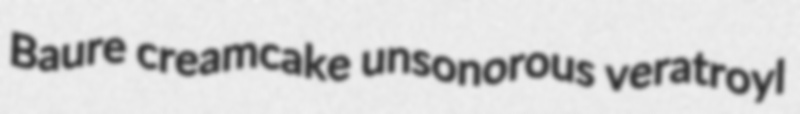
Baure creamcake unsonorous veratroyl